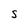
Character: S